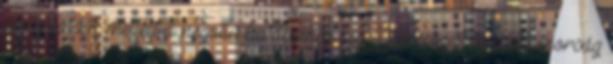
árnyalataik mellett a negatív hatásaikkal is. Depresszió és búskomorság